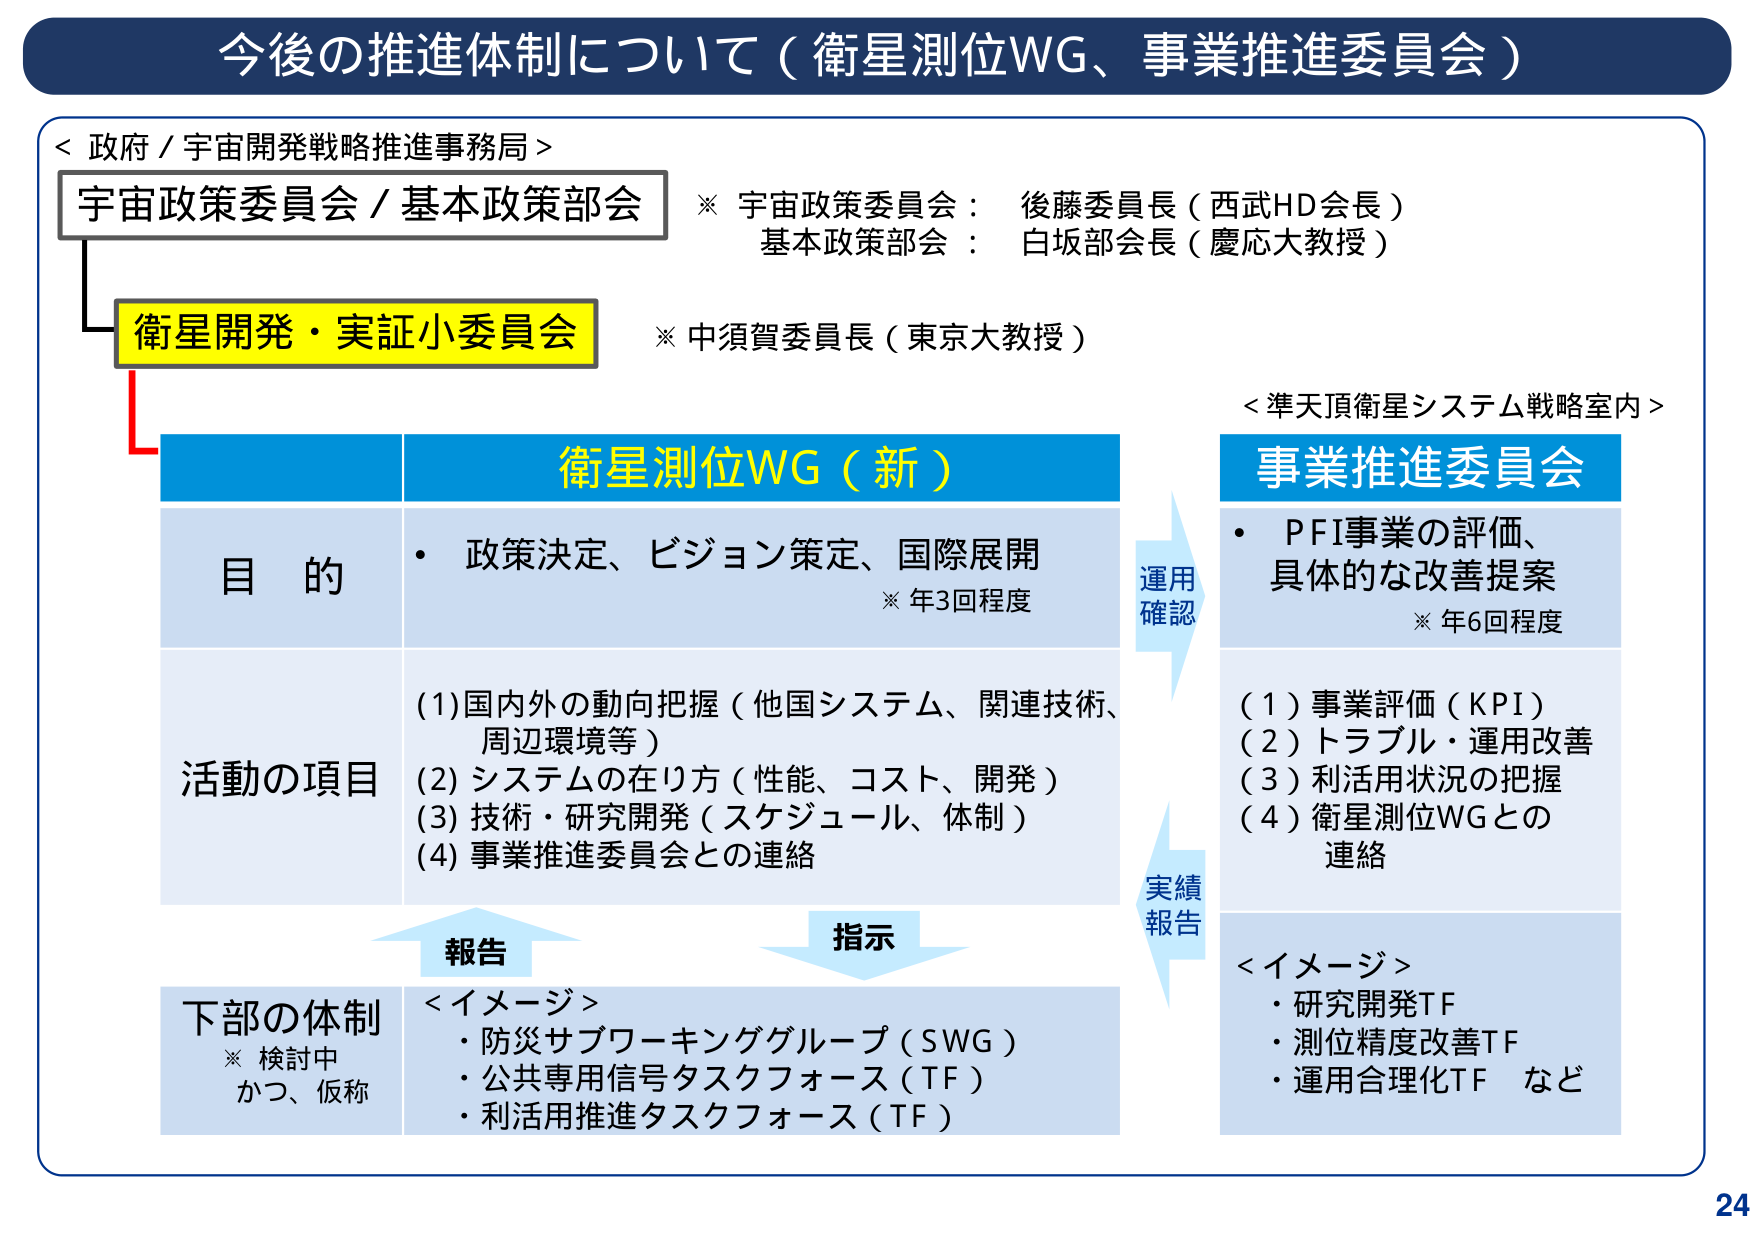
今後の推進体制について（衛星測位WG、事業推進委員会）

＜政府／宇宙開発戦略推進事務局＞
宇宙政策委員会／基本政策部会
※ 宇宙政策委員会： 後藤委員長（西武HD会長）
　　基本政策部会： 白坂部会長（慶応大教授）

衛星開発・実証小委員会
※ 中須賀委員長（東京大教授）

衛星測位WG（新）
目的
・政策決定、ビジョン策定、国際展開
　※年3回程度

活動の項目
(1)国内外の動向把握（他国システム、関連技術、周辺環境等）
(2)システムの在り方（性能、コスト、開発）
(3)技術・研究開発（スケジュール、体制）
(4)事業推進委員会との連絡

下部の体制
※検討中
　かつ、仮称
＜イメージ＞
・防災サブワーキンググループ（SWG）
・公共専用信号タスクフォース（TF）
・利活用推進タスクフォース（TF）

＜準天頂衛星システム戦略室内＞
事業推進委員会
・PFI事業の評価、具体的な改善提案
　※年6回程度

(1)事業評価（KPI）
(2)トラブル・運用改善
(3)利活用状況の把握
(4)衛星測位WGとの連絡

＜イメージ＞
・研究開発TF
・測位精度改善TF
・運用合理化TF など

報告
指示
運用確認
実績報告

24